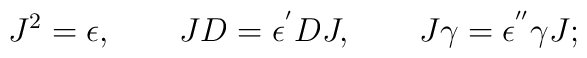
J^{2}=\epsilon ,\qquad JD=\epsilon ^{^{\prime }}DJ,\qquad J\gamma =\epsilon^{^{\prime \prime }}\gamma J;